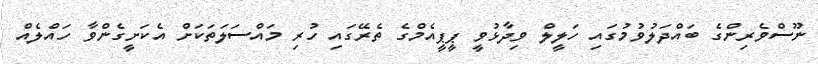
ނޫސްވެރިންގެ ބައްދަލުވުމުގައި ހަލީލް ވިދާޅުވީ ޕީޕީއެމްގެ ތެރޭގައި ހުރި މައްސަލަތަކަށް އެކަށީގެންވާ ހައްލެއް